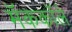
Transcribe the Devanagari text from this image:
मॅककॉले